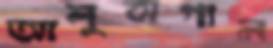
আলুবাগান